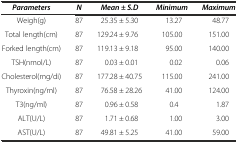
<table><thead><tr><td><b><i>Parameters</i></b></td><td><b><i>N</i></b></td><td><b><i>Mean ± S.D</i></b></td><td><b><i>Minimum</i></b></td><td><b><i>Maximum</i></b></td></tr></thead><tbody><tr><td>Weigh(g)</td><td>87</td><td>25.35 ± 5.30</td><td>13.27</td><td>48.77</td></tr><tr><td>Total length(cm)</td><td>87</td><td>129.24 ± 9.76</td><td>105.00</td><td>151.00</td></tr><tr><td>Forked length(cm)</td><td>87</td><td>119.13 ± 9.18</td><td>95.00</td><td>140.00</td></tr><tr><td>TSH(nmol/L)</td><td>87</td><td>0.03 ± 0.01</td><td>0.02</td><td>0.06</td></tr><tr><td>Cholesterol(mg/di)</td><td>87</td><td>177.28 ± 40.75</td><td>115.00</td><td>241.00</td></tr><tr><td>Thyroxin(ng/ml)</td><td>87</td><td>76.58 ± 28.26</td><td>41.00</td><td>124.00</td></tr><tr><td>T3(ng/ml)</td><td>87</td><td>0.96 ± 0.58</td><td>0.4</td><td>1.87</td></tr><tr><td>ALT(U/L)</td><td>87</td><td>1.71 ± 0.68</td><td>1.00</td><td>3.00</td></tr><tr><td>AST(U/L)</td><td>87</td><td>49.81 ± 5.25</td><td>41.00</td><td>59.00</td></tr></tbody></table>